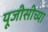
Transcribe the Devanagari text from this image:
यूजीसीच्या